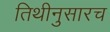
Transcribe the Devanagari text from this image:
तिथीनुसारच